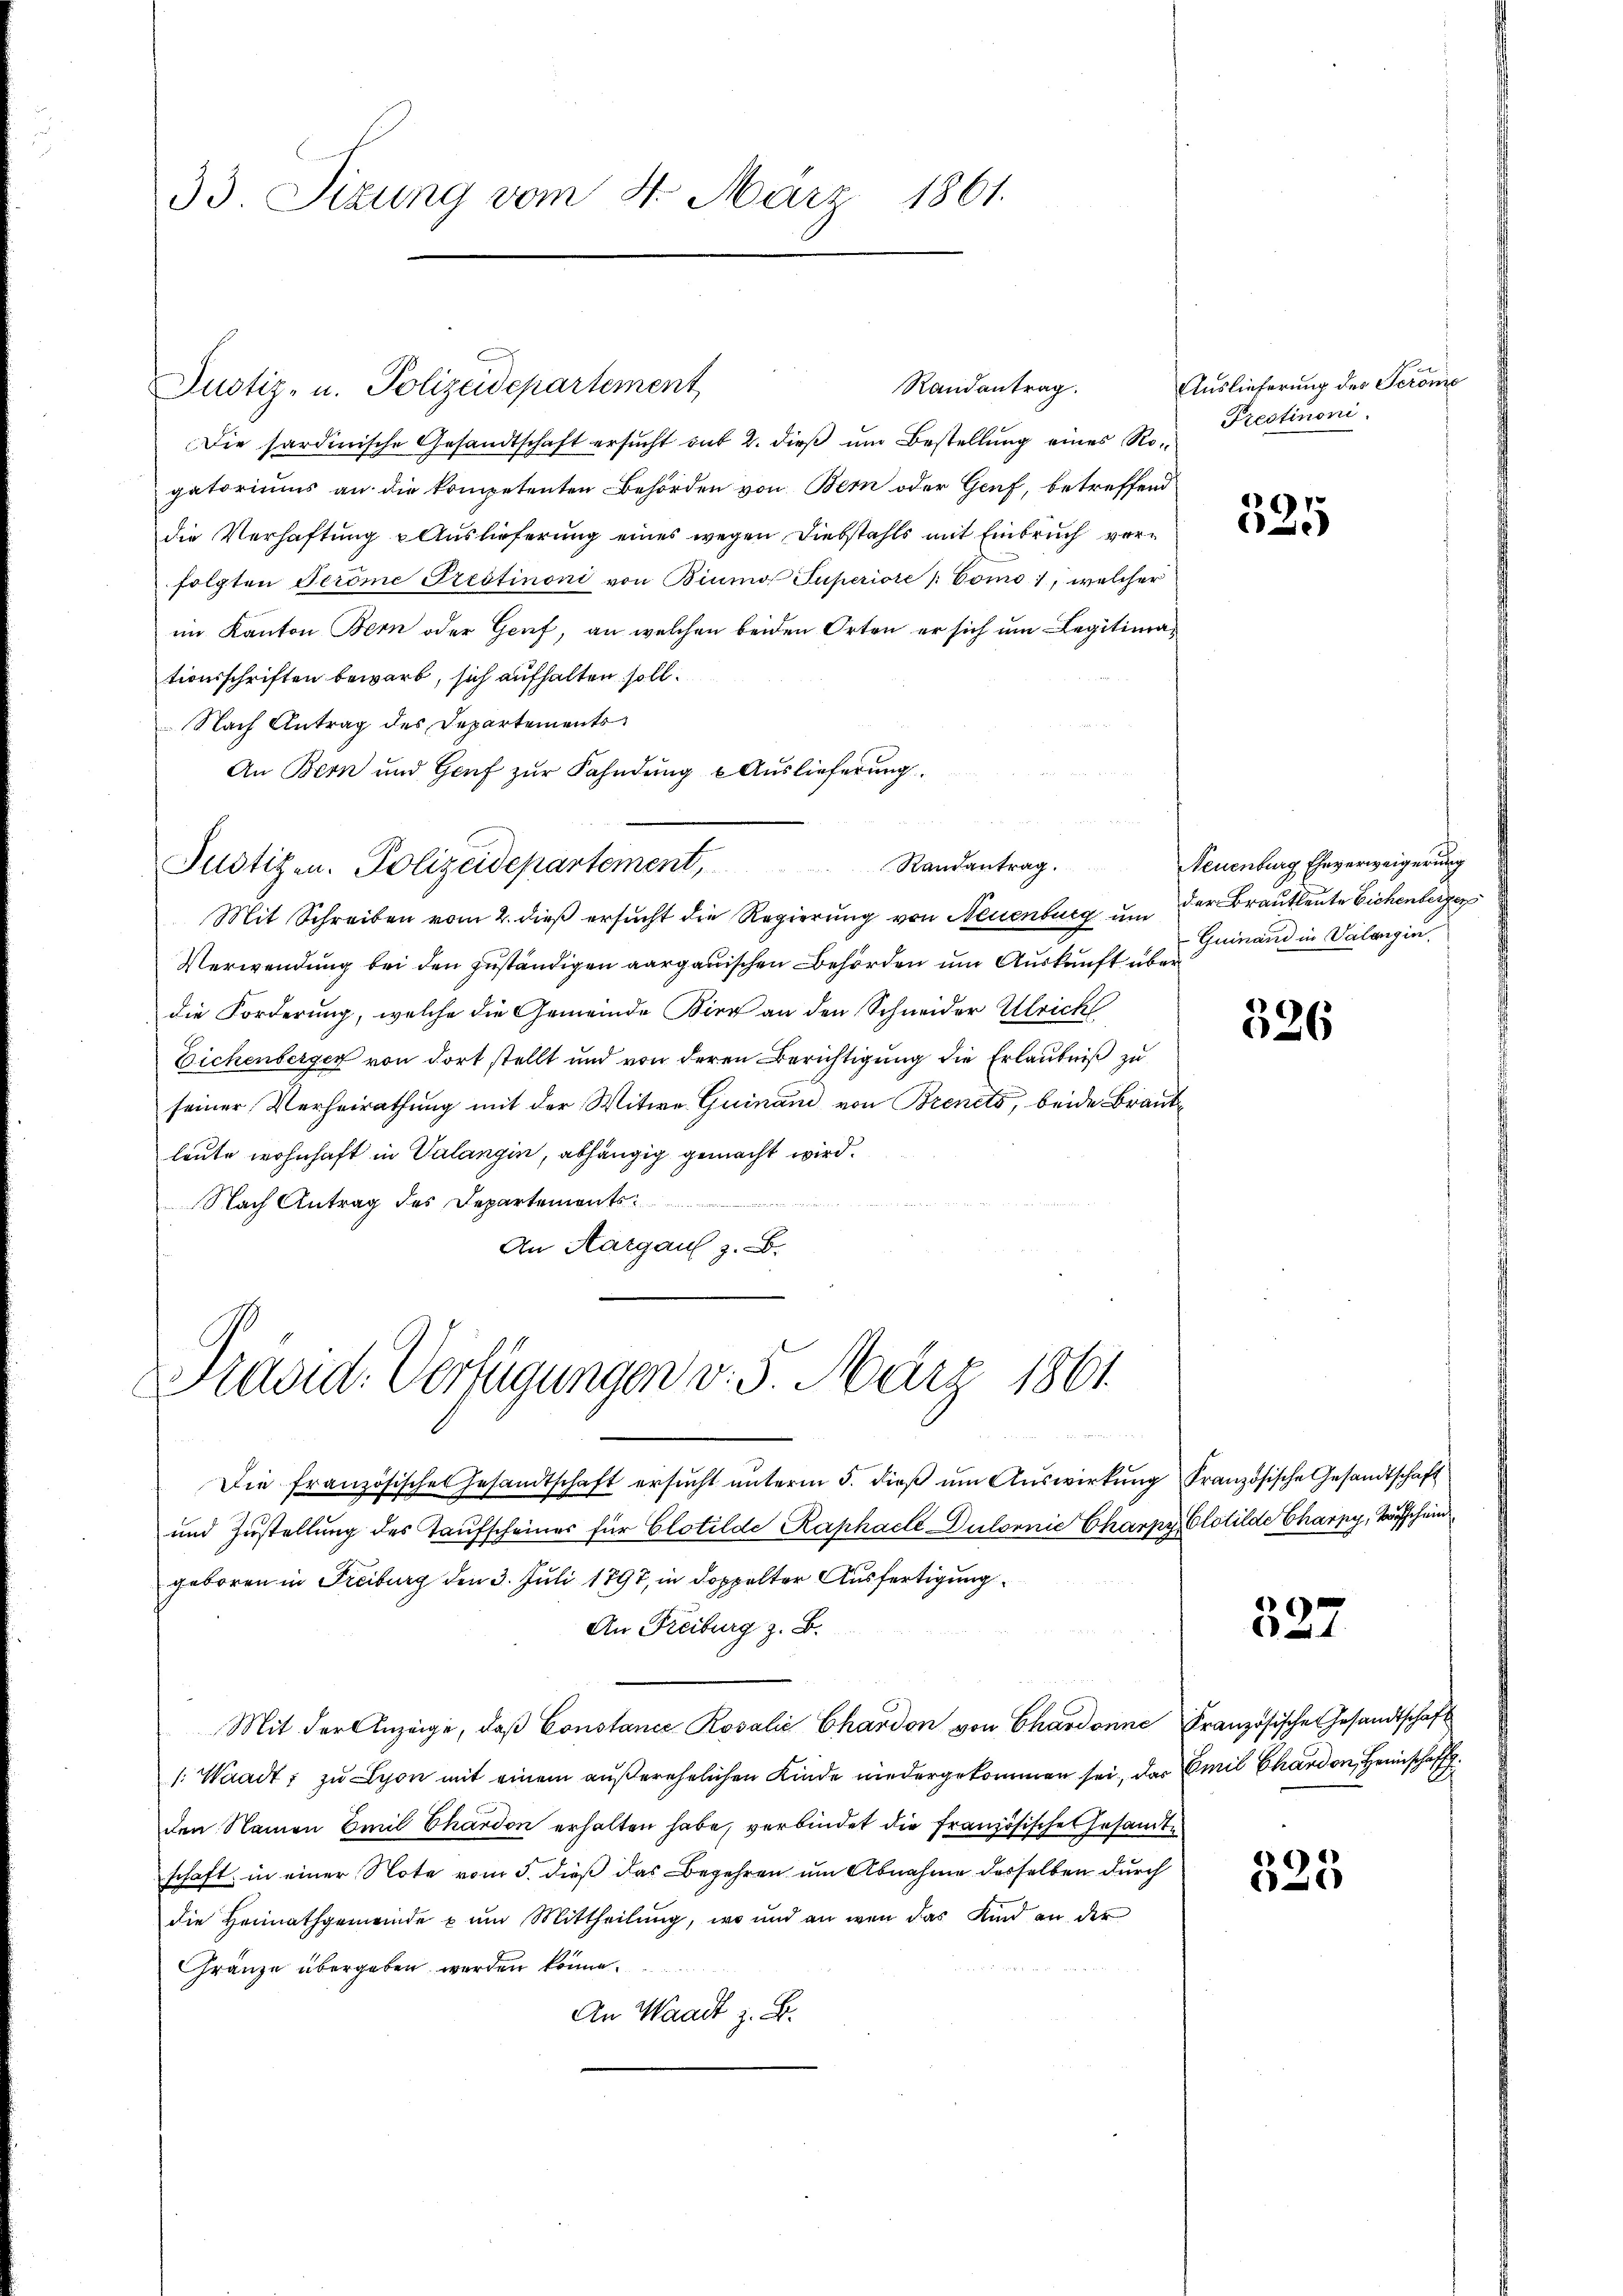
33. Sizung vom 4. März 1861.

Die sardinische Gesandtschaft ersucht auf 2. dieß um Bestellung eines Rogatoriums an die kompetenten Behörden von Bern oder Genf, betreffend
die Verhaftung & Auslieferung eines wegen Diebstahls mit Einbruch verfolgten Teröme Prestinoni von Biumo Superiore / Como, welcher
im Kanton Bern oder Genf, an welchen beiden Orten er sich um Legitimationsschriften bewarb, sich aufhalten soll.
Nach Antrag des Departements
An Bern und Genf zur Fahndung u Auslieferung.

Justiz- u. Polizeidepartement

Justizen. Polizeidepartement, Randantrag.

Mit Schreiben vom 2. dieß ersucht die Regierung von Neuenburg um
Verwendung bei den zuständigen aargauischen Behörden um Auskunft über
die Forderung, welche die Gemeinde Birg an den Schneider Ulrich
Eichenberger von dort stellt und von deren Berichtigung die Erlaubniß zu
seiner Verheirathung mit der Witwe Guinand von Brenes, beide Brautleute wohnhaft in Valangin, abhängig gemacht wird.
Nach Antrag des Departements¬
u
An Aargau z. B.

Kasid. Verfügungen v. 5. März 1861

Randantrag.

Die französisches Gesandtschaft ersŭcht ŭnterm 5. dieβ ŭm Aŭswirkŭng Französische Gesandtschaft
und Zustellung des Taufscheiner für Clotilde Raphacle Dulornie Charpy, Clotilde Charny, Vorschein
geboren in Freiburg den 3. Juli 1897, in doppelter Ausfertigung
An Freiburg z. B.
Mit der Anzeige, daß Constance Rosalić, Chardon von Chardonne
1: Waadt, zu Lyon mit einem außerehelichen Kinde niedergekommen sei, das Emil Chardon, Heimschaff
den Namen Emil Chardon erhalten habe, verbindet die Französische Gesandte
schaft in einer Note vom 5. dieß das Begehren um Abnahme desselben durch
die Heimathgemeinde u ŭm Mittheilŭng, wo und an wen das Kind an der
Gränze übergeben werden könne.
An Waadt z. B.

Auslieferung des Serone
Prestimoni.

525

Neuenburg Eheverweigerung
der Brautleute Eichenberger
Guinand in Valangin

326

327

)
1

Französische Gesandtschaft